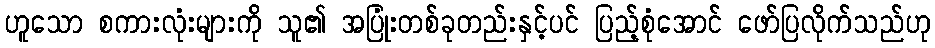
ဟူသော စကားလုံးများကို သူ၏ အပြုံးတစ်ခုတည်းနှင့်ပင် ပြည့်စုံအောင် ဖော်ပြလိုက်သည်ဟု